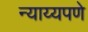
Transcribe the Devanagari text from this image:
न्याय्यपणे